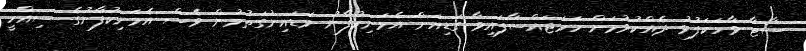
ސާޓާ ވާހަކަފުޅު ދެއްކުވުމަށް ހަމަޖައްސާފައިވާ ގަޑިއަށް އެމަނިކުފާނު ވަޑައިނުގަތުމުން ވެސް އެމަނިކުފާނުގެ ސިއްހީ